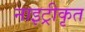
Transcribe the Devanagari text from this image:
नाइट्रीकृत